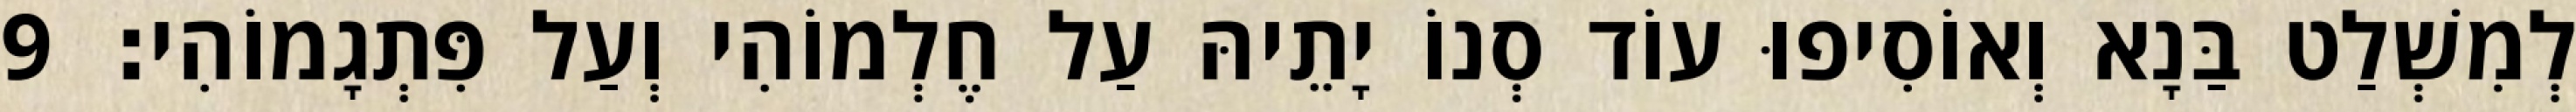
לְמִשְׁלַט בַּנָא וְאוֹסִיפוּ עוֹד סְנוֹ יָתֵיהּ עַל חֶלְמוֹהִי וְעַל פִּתְגָמוֹהִי׃ 9